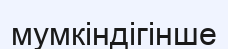
мумкіндігінше